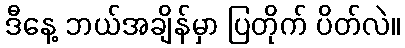
ဒီနေ့ ဘယ်အချိန်မှာ ပြတိုက် ပိတ်လဲ။